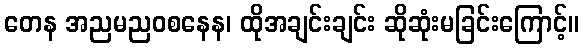
တေန အညမညဝစနေန၊ ထိုအချင်းချင်း ဆိုဆုံးမခြင်းကြောင့်။